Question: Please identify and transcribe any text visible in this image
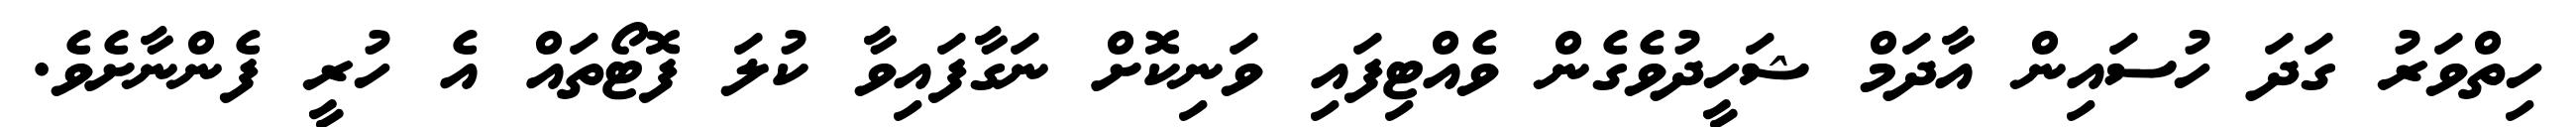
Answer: ހިތްވަރު ގަދަ ހުސައިން އާދަމް ޝަހީދުވެގެން ވެއްޓިފައި ވަނިކޮށް ނަގާފައިވާ ކުލަ ފޮޓޯތައް އެ ހުރީ ފެންނާށެވެ.